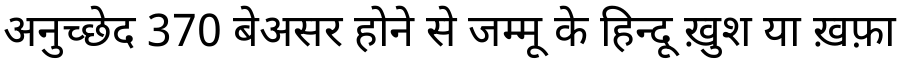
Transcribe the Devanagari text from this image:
अनुच्छेद 370 बेअसर होने से जम्मू के हिन्दू ख़ुश या ख़फ़ा